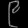
Digit: ၉